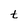
Character: t